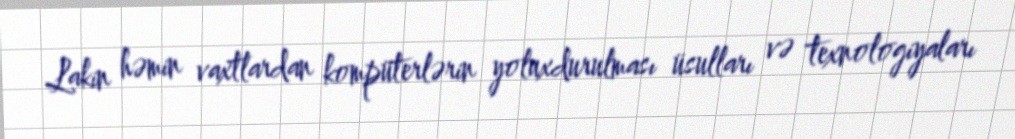
Lakin həmin vaxtlardan kompüterlərin yoluxdurulması üsulları və texnologiyaları